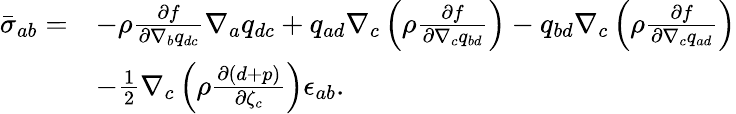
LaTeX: \begin{array}{rl}{\bar{\sigma}_{ab}=}&{-\rho\frac{\partial f}{\partial\nabla_{b}q_{dc}}\nabla_{a}q_{dc}+q_{ad}\nabla_{c}\left(\rho\frac{\partial f}{\partial\nabla_{c}{q}_{bd}}\right)-q_{bd}\nabla_{c}\left(\rho\frac{\partial f}{\partial\nabla_{c}{q}_{ad}}\right)}\\ &{-\frac{1}{2}\nabla_{c}\left(\rho\frac{\partial(d+p)}{\partial\zeta_{c}}\right)\epsilon_{ab}.}\end{array}